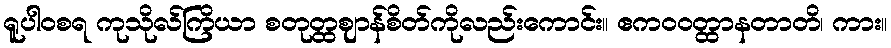
ရူပါဝစရ ကုသိုလ်ကြိယာ စတုတ္ထဈာန်စိတ်ကိုလည်းကောင်း။ ဧကဝဝတ္ထာနတာတိ၊ ကား။